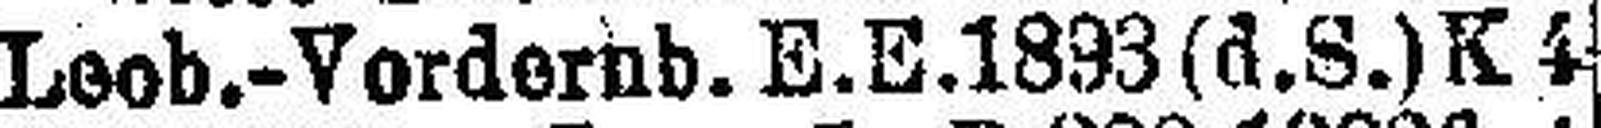
Leob.-Vordernb. E. E. 1893 (d. S.)K 4